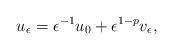
LaTeX: \begin{align*}u_\epsilon=\epsilon^{-1} u_0+{\epsilon}^{1-p}v_\epsilon,\end{align*}